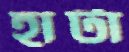
হার্টা